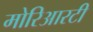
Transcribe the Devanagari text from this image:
मोरिआरटी